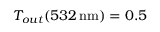
T _ { o u t } ( 5 3 2 \, \mathrm { n m } ) = 0 . 5 \, \